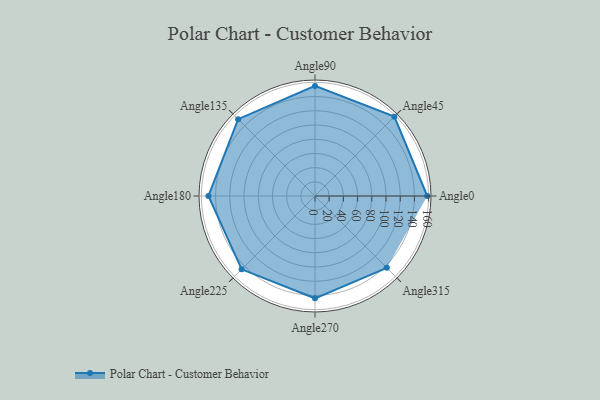
{"axis": {"x": "Angle", "y": "Radius"}, "legend": [""], "data": [{"x": "Angle0", "y": 158.0, "type": ""}, {"x": "Angle45", "y": 158.0, "type": ""}, {"x": "Angle90", "y": 155.0, "type": ""}, {"x": "Angle135", "y": 153.0, "type": ""}, {"x": "Angle180", "y": 150.0, "type": ""}, {"x": "Angle225", "y": 146.0, "type": ""}, {"x": "Angle270", "y": 144.0, "type": ""}, {"x": "Angle315", "y": 143.0, "type": ""}]}